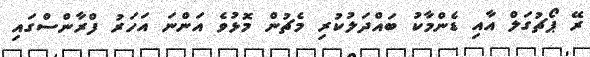
ރޭ ޕޯޗުގަލް އާއި ޑެންމާކު ބައްދަލުކުރި މެޗުން މޮޅުވެ އަންނަ އަހަރު ފްރާންސްގައި